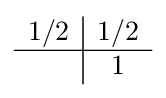
{\begin{array}{c|c}1/2&1/2\\\hline &1\end{array}}